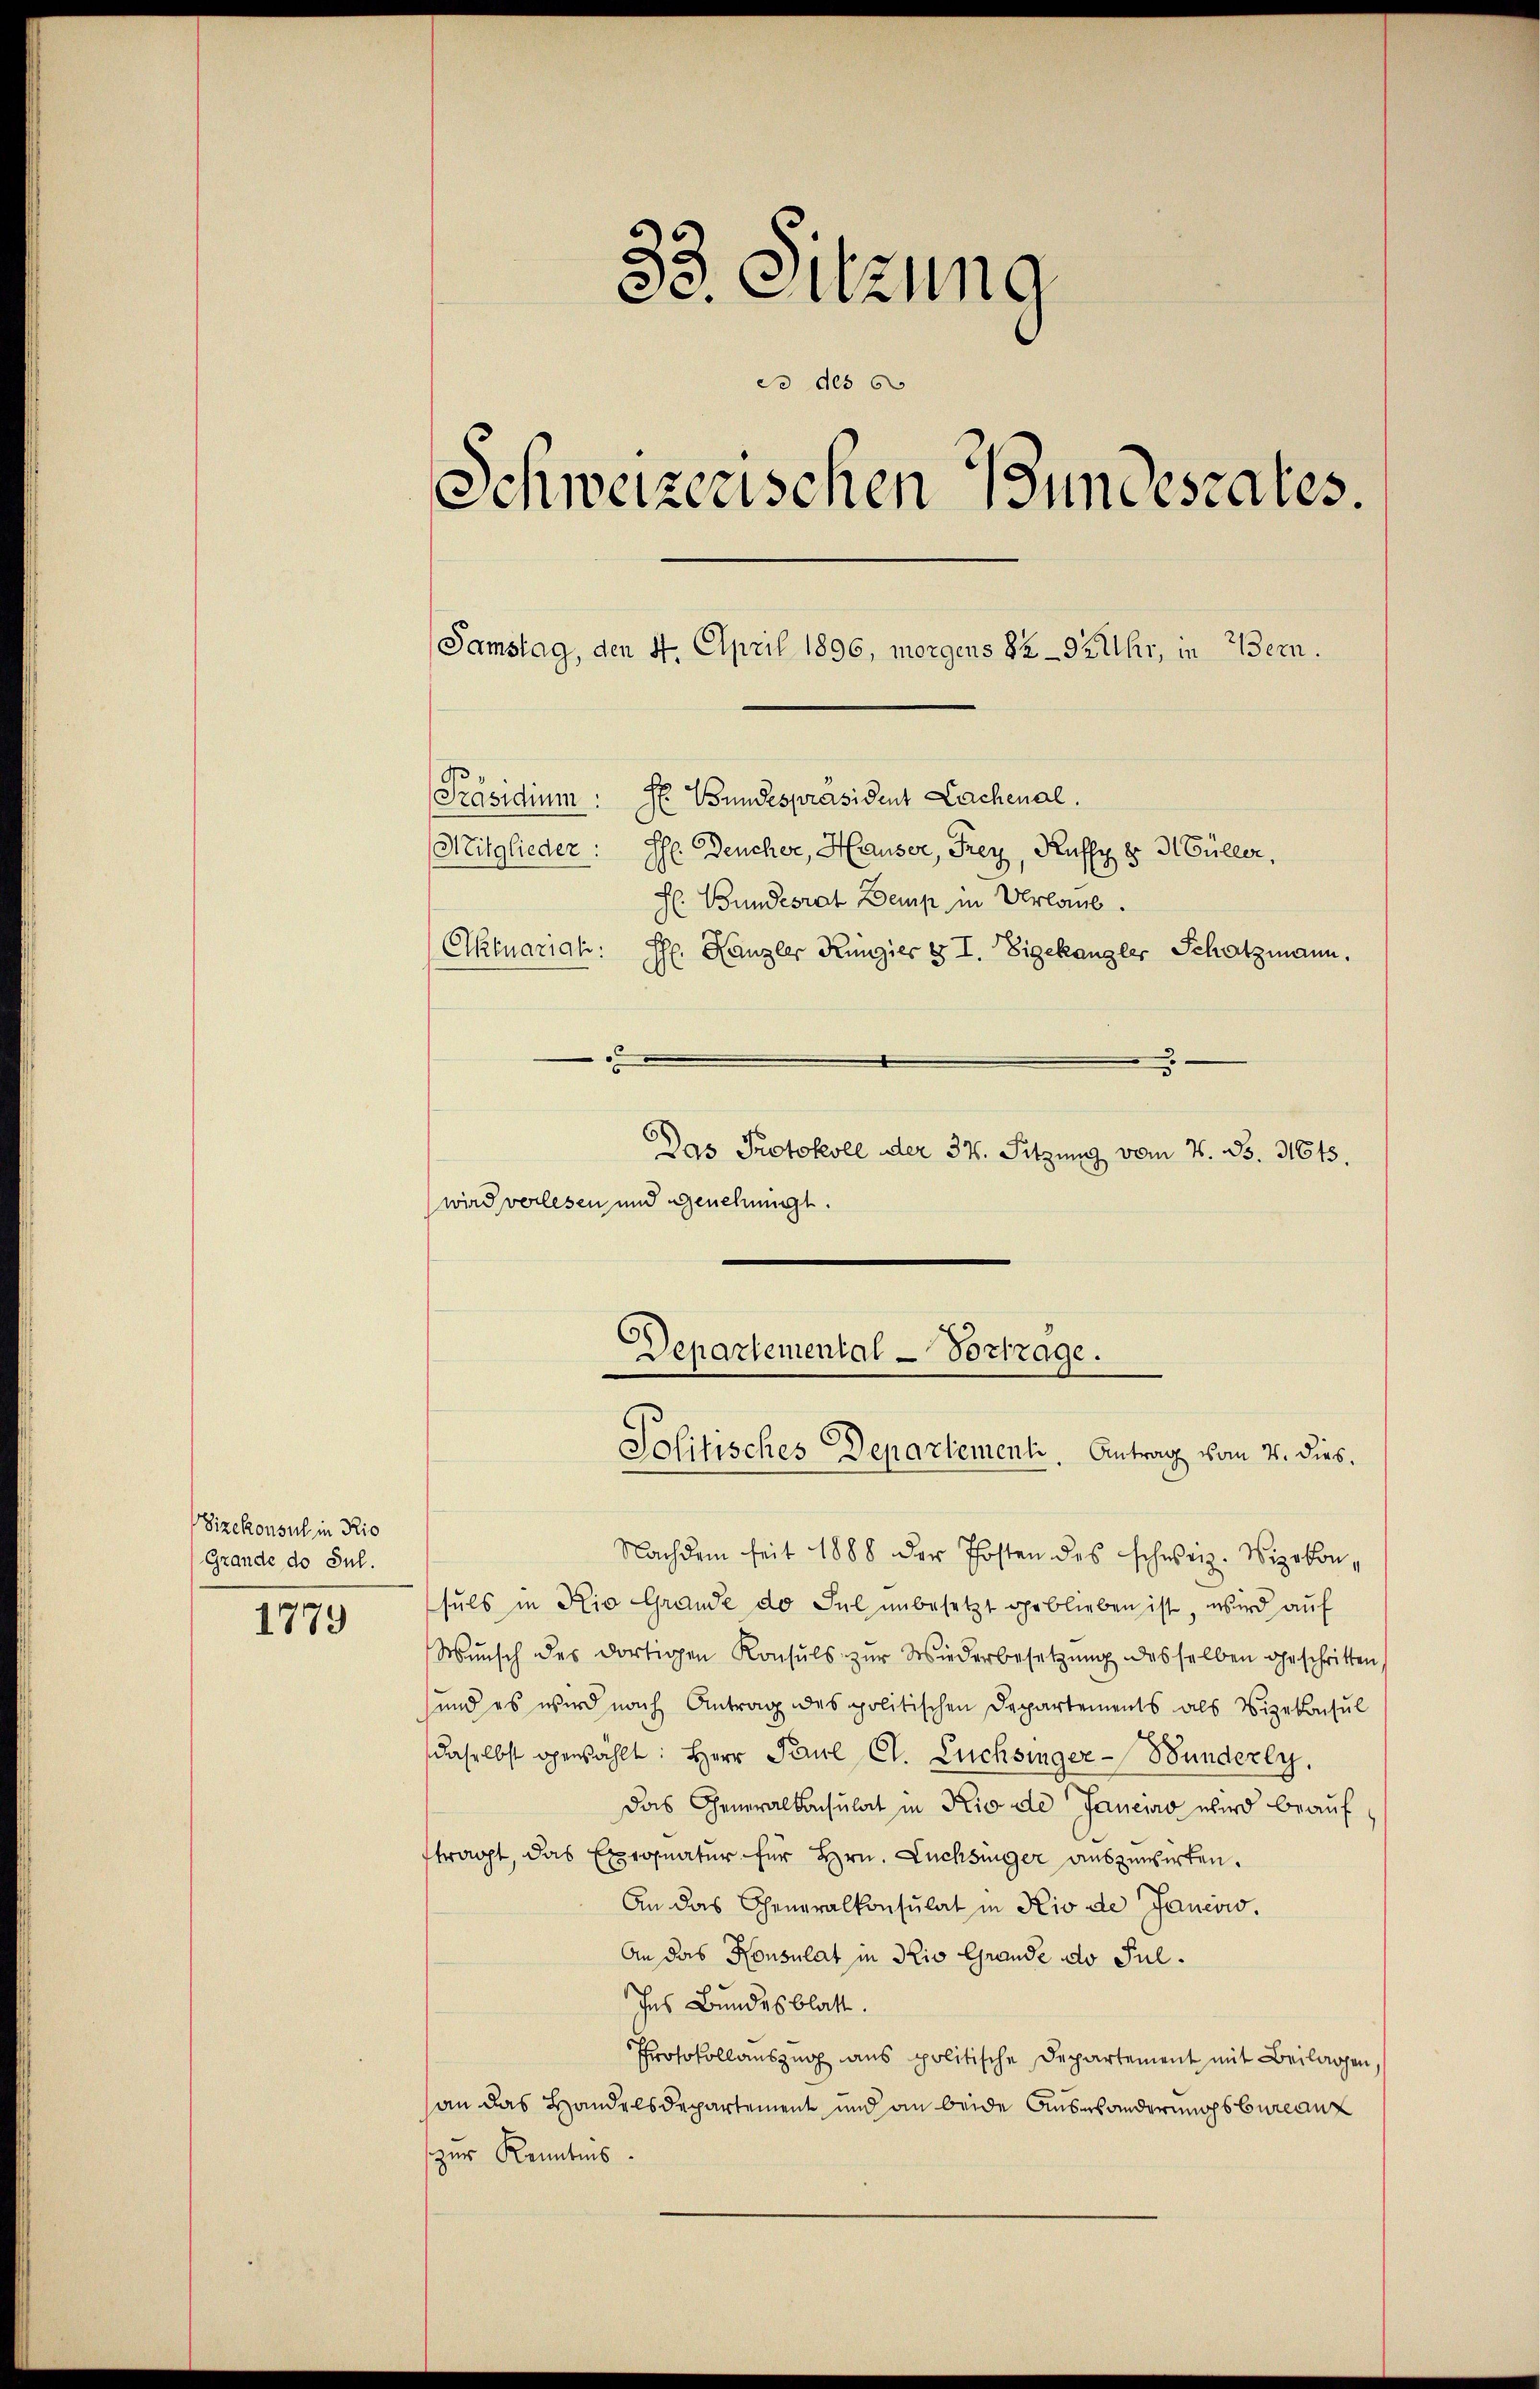
Vizekonsul in Rio
Grande de Jul.

1779

33. Sitzung
do des 6
Schweizerischen Bundesrates.
Samstag, den 4. April 1896, morgens 82 - Bruhr, in Bern.
Präsidium: Hr. Bundespräsident Lachenal.
Mitglieder: Ph. Deucher, Hauser, Frey, Kuffy v. Müller,
h. Bundesrat Demp in Verlaub.
Oktuariali: Hs. Kanzler Küngies § I. Eigekanzler Schatzmann.
e
5
3
Das Protokoll der 37. Sitzung vom 7. B. 31613.

wird verlesen und genehmigt.
Nachdem seit 1888 der Posten des schweiz. Vizekonsuls in Rio Grande do del unbesetzt geblieben ist, wird auf
Wŭnsch des dortigen Konsuls zŭr Wiederbesetzŭng desselben geschritten
und es wird nach Antrag des politischen Departements als Vizekonsul
daselbst gewählt: Herr Paul Cl. Lucksinger-Bunderly.
das Generalkonsulat in Rio de Janeiro wird beaŭf
ftragt, das Exegnatur für Hrn. Lüchsinger auszuwirken.
An das Cheneralkonsulat in Rio de Jancow.
An das Konsulat in Kio Grande do Pul¬
Ins Bundesblatt.
Protokollauszug aus politische Departement mit Beilagen,
an das Handelsdepartement und an beide Auswanderungsbureauz
zur Kenntnis.

Departemental-Vortrage.
Politisches Departement. Antrag vom 4. dies